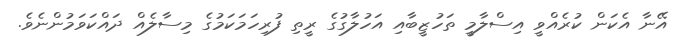
އޭނާ އެކަން ކުރެއްވީ އިސްލާމީ ތަހުޒީބާއި އަހުލާގުގެ ރީތި ފުރިހަމަކަމުގެ މިސާލެއް ދައްކަވަމުންނެވެ.